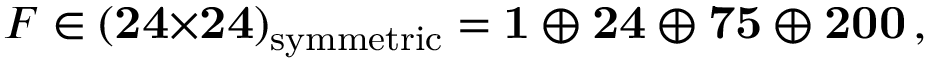
F \in ( { \bf 2 4 } { \bf \times } { \bf 2 4 } ) _ { \mathrm { s y m m e t r i c } } = { \bf 1 } \oplus { \bf 2 4 } \oplus { \bf 7 5 } \oplus { \bf 2 0 0 } \, , \nonumber